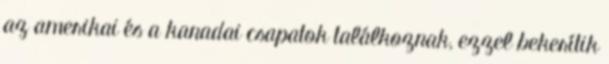
az amerikai és a kanadai csapatok találkoznak, ezzel bekerítik